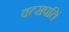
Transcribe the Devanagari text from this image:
वत्सपतिं